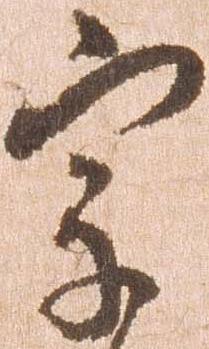
宗